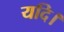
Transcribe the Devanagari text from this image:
यदि।